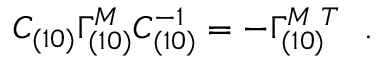
C _ { ( 1 0 ) } \Gamma _ { ( 1 0 ) } ^ { M } C _ { ( 1 0 ) } ^ { - 1 } = - \Gamma _ { ( 1 0 ) } ^ { { M } \, \, T } ~ ~ .